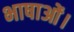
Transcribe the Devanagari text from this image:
भाषाओं।